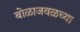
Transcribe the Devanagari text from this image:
बोळाजवळच्या